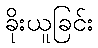
ခိုးယူခြင်း